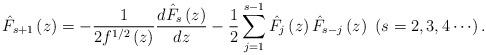
LaTeX: \begin{align*}\hat{{F}}_{s+1}\left( z\right) =-{\dfrac{1}{2f^{1/2}\left( z\right) }}\frac{d\hat{{F}}_{s}\left( z\right) }{dz}-{\dfrac{1}{2}}\sum\limits_{j=1}^{s-1}{\hat{{F}}_{j}\left( z\right) \hat{{F}}_{s-j}\left( z\right) }\ \left( {s=2,3,4\cdots }\right) . \end{align*}